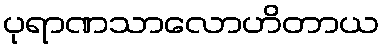
ပုရာဏသာလောဟိတာယ